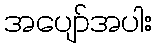
အပျော်အပါး